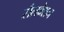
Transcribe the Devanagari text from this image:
सैलवेशन